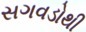
સગવડોથી